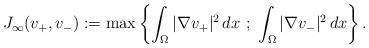
LaTeX: \begin{align*}J_\infty(v_+,v_-):=\max\left\{\int_\Omega |\nabla v_+|^2\,dx\ ;\ \int_\Omega |\nabla v_-|^2\,dx\right\}.\end{align*}